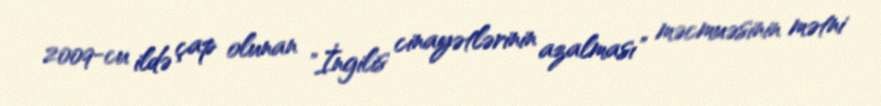
2009-cu ildə çap olunan "İngilis cinayətlərinin azalması" məcmuəsinin mətni